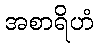
အစာရိဟံ